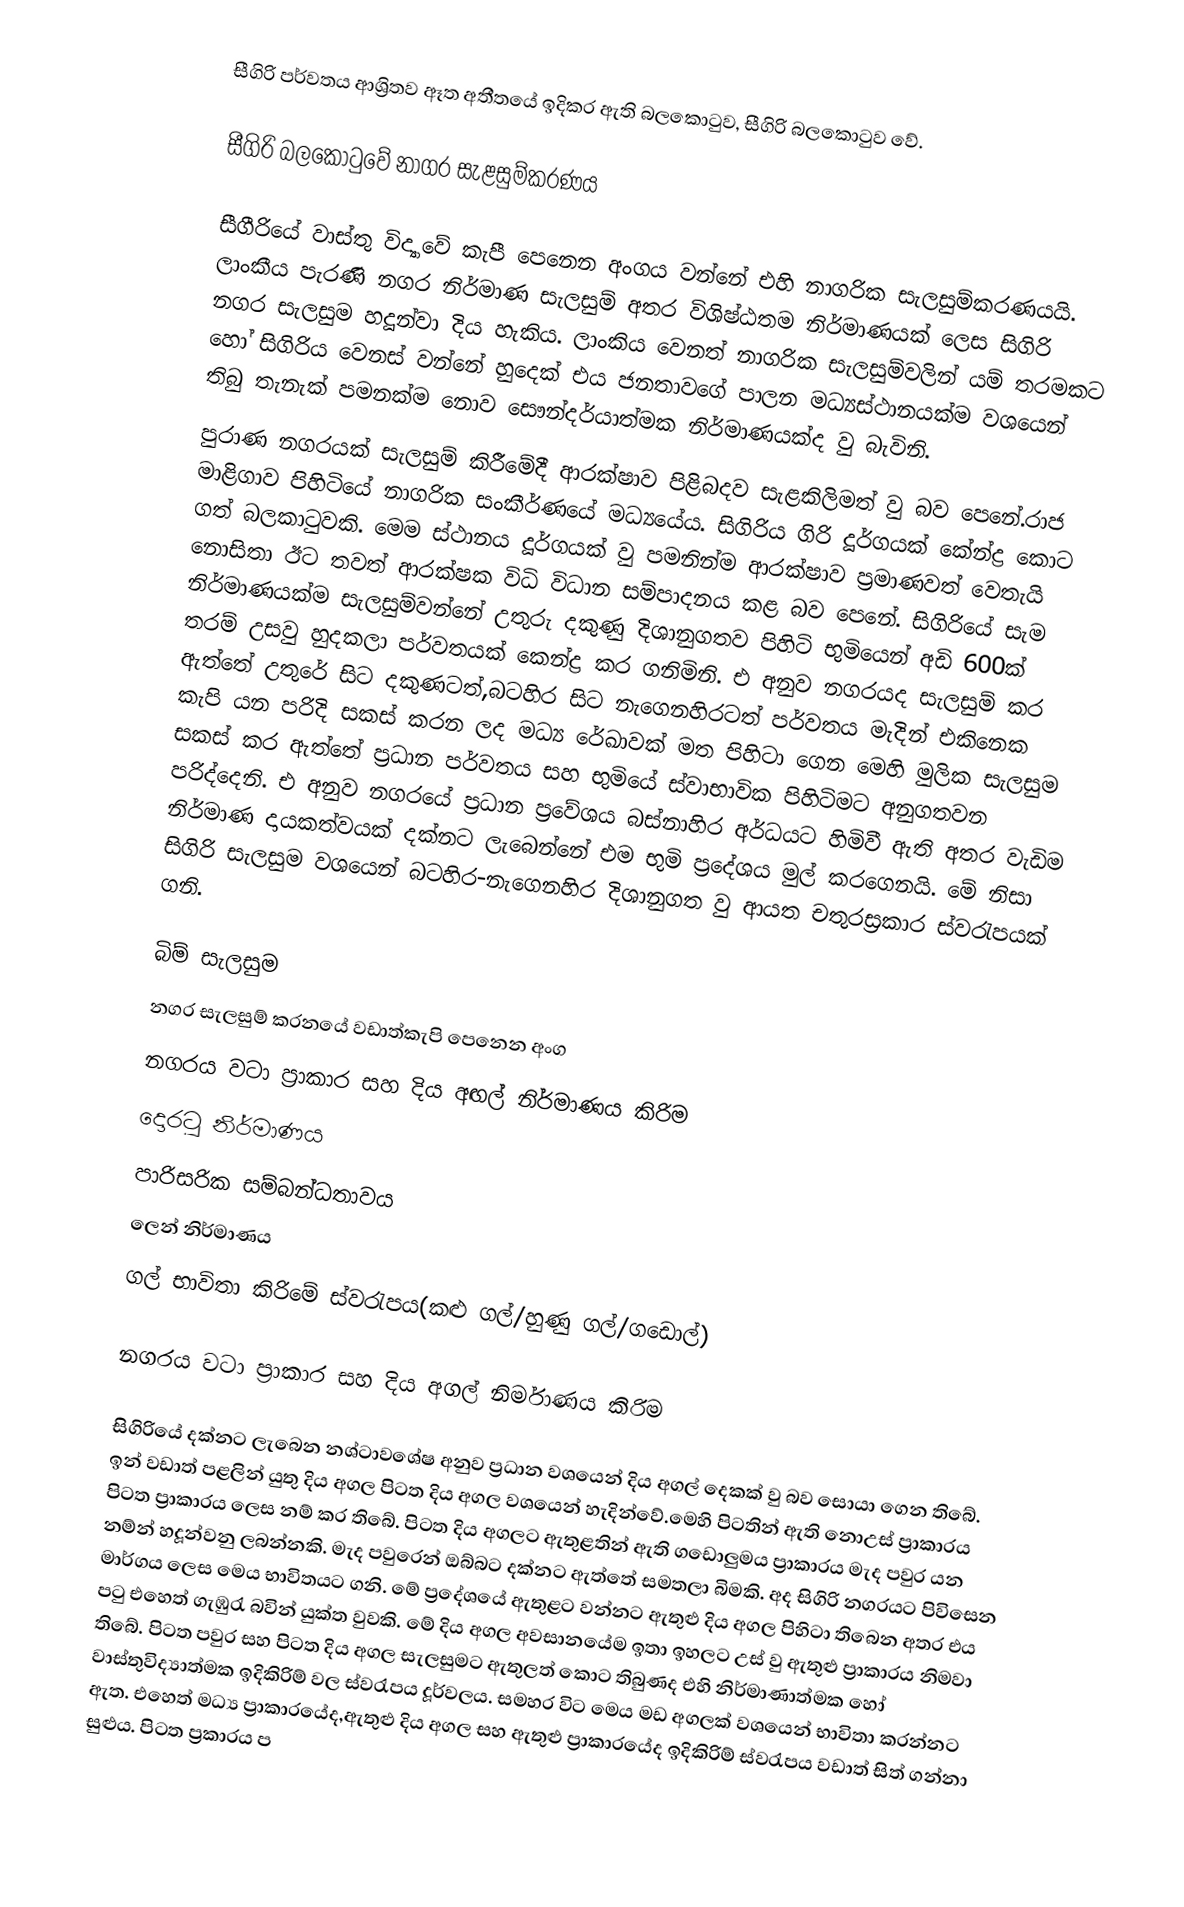
සීගිරි පර්වතය ආශ්‍රිතව ඈත අතීතයේ ඉදිකර ඇති බලකොටුව, සීගිරි බලකොටුව වේ.

සීගිරි බලකොටුවේ නාගර සැළසුම්කරණය

සීගීරියේ වාස්තු විද්‍යාවේ කැපී පෙනෙන අංගය වන්නේ එහි නාගරික සැලසුම්කරණයයි. ලාංකීය පැරණි නගර නිර්මාණ සැලසුම් අතර විශිෂ්ඨතම නිර්මාණයක් ලෙස සිගිරි නගර සැලසුම හදූන්වා දිය හැකිය. ලාංකිය වෙනත් නාගරික සැලසුම්වලින් යම් තරමකට හෝ සිගිරිය වෙනස් වන්නේ හුදෙක් එය ජනතාවගේ පාලන මධ්‍යස්ථානයක්ම වශයෙන් තිබු තැනැක් පමනක්ම නොව සෞන්දර්යාත්මක නිර්මාණයක්ද වු බැවිනි.
පුරාණ නගරයක් සැලසුම් කිරීමේදී ආරක්ෂාව පිළිබදව සැළකිලිමත් වු බව පෙනේ.රාජ මාළිගාව පිහිටියේ නාගරික සංකීර්ණයේ මධ්‍යයේය. සිගිරිය ගිරි දූර්ගයක් කේන්ද්‍ර කොට ගත් බලකාටුවකි. මෙම ස්ථානය දූර්ගයක් වු පමනින්ම ආරක්ෂාව ප්‍රමාණවත් වෙතැයි නොසිතා ඊට තවත් ආරක්ෂක විධි විධාන සම්පාදනය කළ බව පෙනේ. සිගිරියේ සැම නිර්මාණයක්ම සැලසුම්වන්නේ උතුරු දකුණු දිශානුගතව පිහිටි භුමියෙන් අඩි 600ක් තරම් උසවු හුදකලා පර්වතයක් කෙන්ද්‍ර කර ගනිමිනි. එ අනුව නගරයද සැලසුම් කර ඇත්තේ උතුරේ සිට දකුණටත්,බටහිර සිට නැගෙනහිරටත් පර්වතය මැදින් එකිනෙක කැපි යන පරිදි සකස් කරන ලද මධ්‍ය රේඛාවක් මත පිහිටා ගෙන මෙහි මුලික සැලසුම සකස් කර ඇත්තේ ප්‍රධාන පර්වතය සහ භුමියේ ස්වාභාවික පිහිටිමට අනුගතවන පරිද්දෙනි. එ අනුව නගරයේ ප්‍රධාන ප්‍රවේශය බස්නාහිර අර්ධයට හිමිවී ඇති අතර වැඩිම නිර්මාණ දායකත්වයක් දක්නට ලැබෙන්නේ එම භුමි ප්‍රදේශය මුල් කරගෙනයි. මේ නිසා සිගිරි සැලසුම වශයෙන් බටහිර-නැගෙනහිර දිශානුගත වු ආයත චතුරස්‍රකාර ස්වරැපයක් ගනි.

බිම් සැලසුම
නගර සැලසුම් කරනයේ වඩාත්කැපි පෙනෙන අංග
නගරය වටා ප්‍රාකාර සහ දිය අඟල් නිර්මාණය කිරිම
දොරටු නිර්මාණය
පාරිසරික සම්බන්ධතාවය
ලෙන් නිර්මාණය
ගල් භාවිතා කිරිමේ ස්වරැපය(කළු ගල්/හුණු ගල්/ගඩොල්)

නගරය වටා ප්‍රාකාර සහ දිය අගල් නිර්මාණය කිරිම

සිගිරියේ දක්නට ලැබෙන නශ්ටාව‍ශේෂ අනුව ප්‍රධාන වශයෙන් දිය අගල් දෙකක් වු බව සොයා ගෙන තිබේ. ඉන් වඩාත් පළලින් යුතු දිය අගල පිටත දිය අගල වශයෙන් හැදින්වේ.මෙහි පිටතින් ඇති නොඋස් ප්‍රාකාරය පිටත ප්‍රාකාරය ලෙස නම් කර තිබේ. පිටත දිය අගලට ඇතුළතින් ඇති ගඩොලුමය ප්‍රාකාරය මැද පවුර යන නම්න් හදූන්වනු ලබන්නකි. මැද පවුරෙන් ඔබ්බට දක්නට ඇත්තේ සමතලා බිමකි. අද සිගිරි නගරයට පිවිසෙන මාර්ගය ලෙස මෙය භාවිතයට ගනි. මේ ප්‍රදේශයේ ඇතුළට වන්නට ඇතුළු දිය අගල පිහිටා ති‍‍බෙන අතර එය පටු එහෙත් ගැඹුරැ බවින් යුක්ත වුවකි. මේ දිය අගල අවසානයේම ඉතා ඉහලට උස් වු ඇතුළු ප්‍රාකාරය නිමවා ති‍බේ. පිටත පවුර සහ පිටත දිය අගල සැලසුමට ඇතුලත් කොට තිබුණද එහි නිර්මාණාත්මක හෝ වාස්තුවිද්‍යාත්මක ඉදිකිරිම් වල ස්වරැපය දූර්වලය. සමහර විට මෙය මඩ අගලක් වශයෙන් භාවිතා කරන්නට ඇත. එහෙත් මධ්‍ය ප්‍රාකාරයේද,ඇතුළු දිය අගල සහ ඇතුළු ප්‍රාකාරයේද ඉදිකිරිම් ස්වරැපය වඩාත් සිත් ගන්නා සුළුය. පිටත ප්‍රකාරය ප